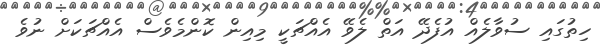
ހިތުގައި ސުވާލެއް އުފެދޭ އަތް ލެވޭ އެއްޗަކީ މިއިން ކޮންމެވެސް އެއްޗަކަށް ނުވެ